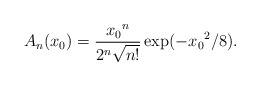
\begin{align*}A_n (x_0)=\frac{{x_0}^n}{2^n \sqrt{n!}} \exp(-{x_0}^2/8).\end{align*}